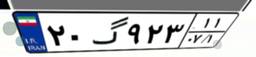
۲۰گ۹۲۳۱۱